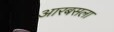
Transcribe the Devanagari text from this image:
आरबसला